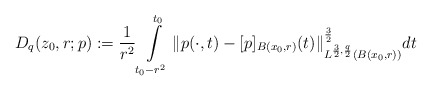
\begin{align*}D_{q}(z_{0},r;p):=\frac{1}{r^2}\int\limits_{t_0-r^2}^{t_0}\|p(\cdot, t)-[p]_{B(x_{0},r)}(t)\|_{L^{\frac{3}{2},\frac{q}{2}}(B(x_{0},r))}^{\frac{3}{2}} dt \end{align*}